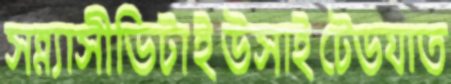
সন্ন্যাসীভিটাইউসাইটেডযাত